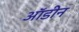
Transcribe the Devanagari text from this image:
ऑडीन